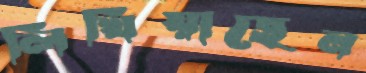
লিখিয়াছেন